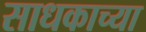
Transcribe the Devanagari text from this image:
साधकाच्या